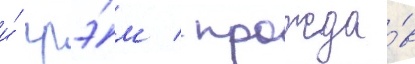
и́ грэ́м / прожда́в